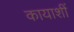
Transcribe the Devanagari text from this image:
कायाशीं